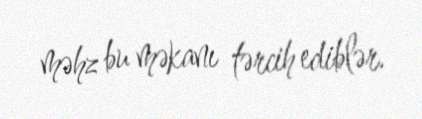
məhz bu məkanı tərcih ediblər.